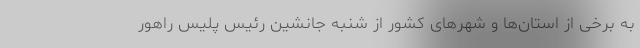
به برخی از استان‌ها و شهرهای کشور از شنبه جانشین رئیس پلیس راهور